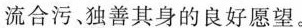
流合污、独善其身的良好愿望。